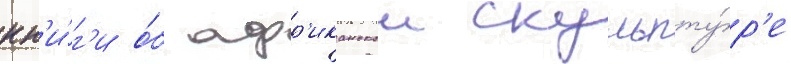
кн'и́г'и о́б афр'иканскои скульпту́р'е